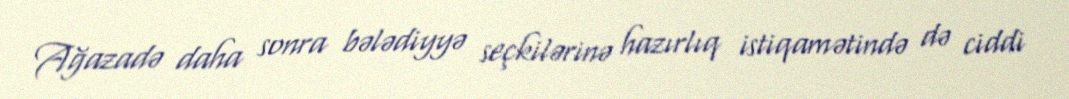
Ağazadə daha sonra bələdiyyə seçkilərinə hazırlıq istiqamətində də ciddi